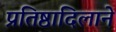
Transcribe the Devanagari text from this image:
प्रतिष्ठादिलाने